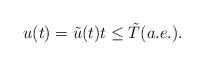
LaTeX: \begin{align*} u(t)=\tilde u(t) t \leq \tilde T (a.e.).\end{align*}